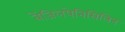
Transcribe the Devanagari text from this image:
बेंजिलपेनिसिलिन